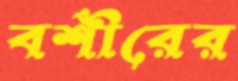
বশীরের